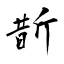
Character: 斮